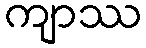
ကျာဿ